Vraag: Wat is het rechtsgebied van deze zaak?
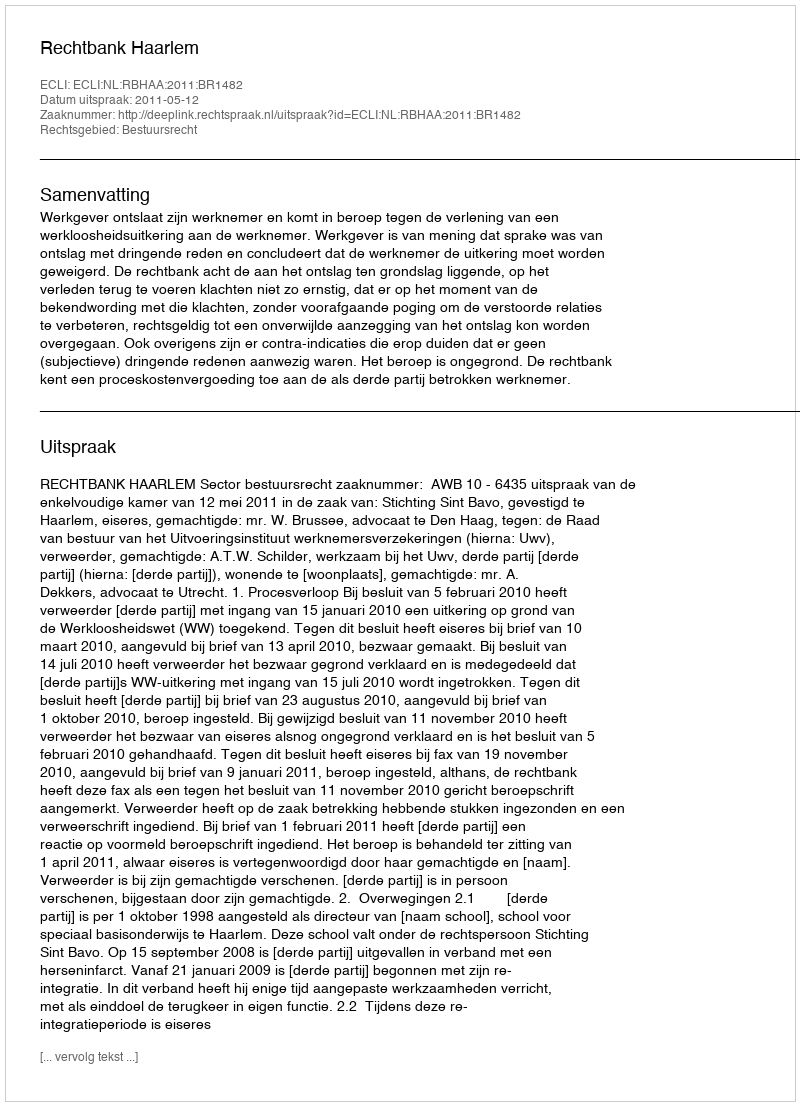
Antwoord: Bestuursrecht